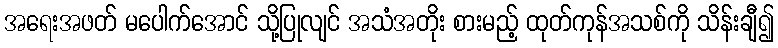
အရေးအဖတ် မပေါက်အောင် သို့ပြုလျင် အသံအတိုး စားမည့် ထုတ်ကုန်အသစ်ကို သိန်းချီ၍